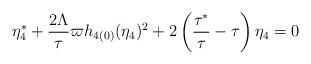
LaTeX: \begin{align*}\eta _{4}^{\ast }+\frac{2\Lambda }{\tau }\varpi h_{4(0)}(\eta_{4})^{2}+2\left( \frac{\tau ^{\ast }}{\tau }-\tau \right) \eta _{4}=0\end{align*}